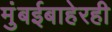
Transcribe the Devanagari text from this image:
मुंबईबाहेरही